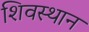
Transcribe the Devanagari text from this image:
शिवस्थान